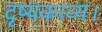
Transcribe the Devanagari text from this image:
दृष्यकाव्य।